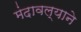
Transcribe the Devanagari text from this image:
मंदावल्याने